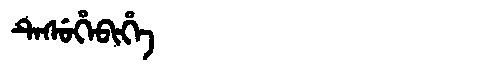
Manchu: ᡨᡝᠰᡠᡥᡝᠪᡳᡥᡝ
Romanization: TESUHEBIHE